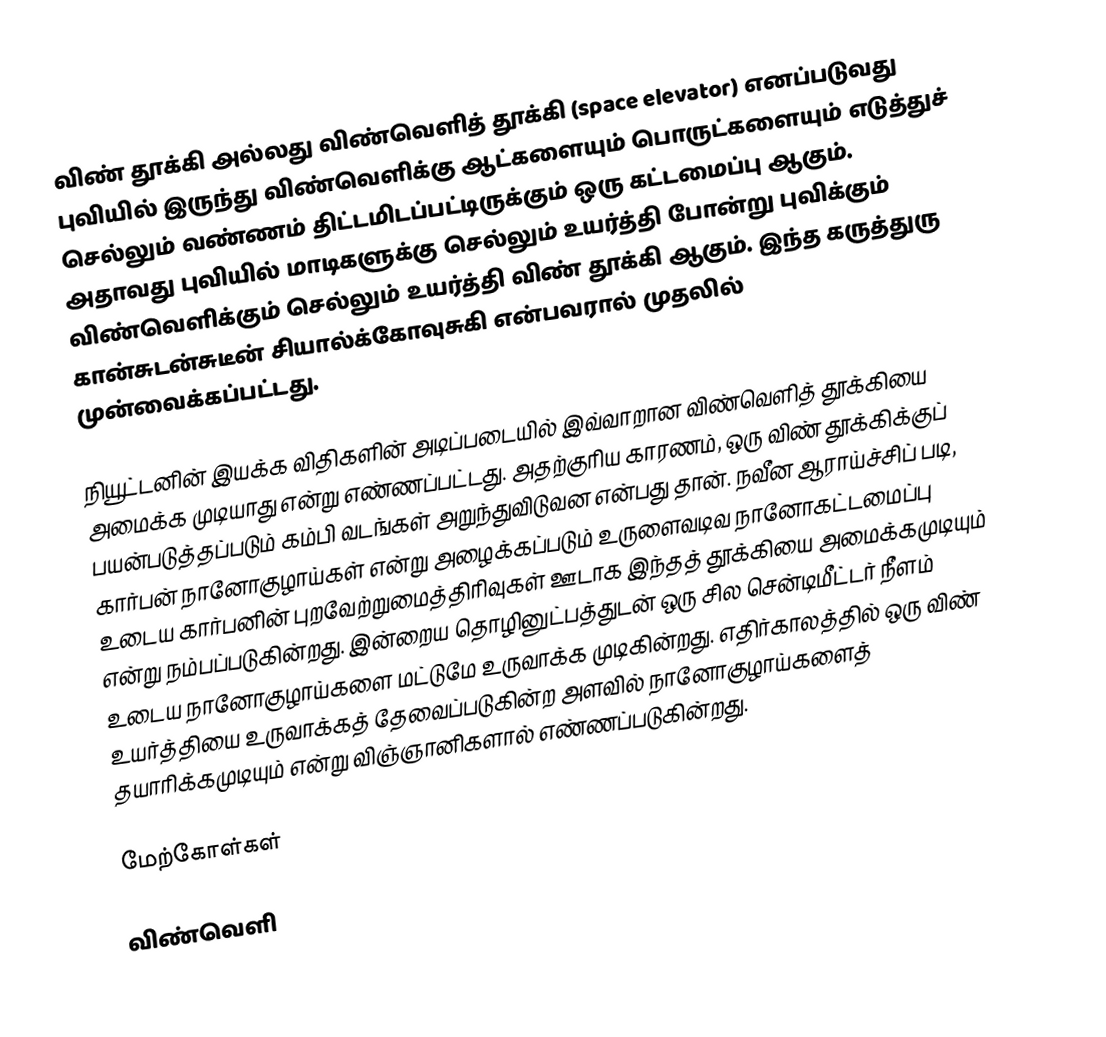
விண் தூக்கி அல்லது விண்வெளித் தூக்கி (space elevator) எனப்படுவது புவியில் இருந்து விண்வெளிக்கு ஆட்களையும் பொருட்களையும் எடுத்துச் செல்லும் வண்ணம் திட்டமிடப்பட்டிருக்கும் ஒரு கட்டமைப்பு ஆகும். அதாவது புவியில் மாடிகளுக்கு செல்லும் உயர்த்தி போன்று புவிக்கும் விண்வெளிக்கும் செல்லும் உயர்த்தி விண் தூக்கி ஆகும். இந்த கருத்துரு கான்சுடன்சுடீன் சியால்க்கோவுசுகி என்பவரால் முதலில் முன்வைக்கப்பட்டது.

நியூட்டனின் இயக்க விதிகளின் அடிப்படையில் இவ்வாறான விண்வெளித் தூக்கியை அமைக்க முடியாது என்று எண்ணப்பட்டது. அதற்குரிய காரணம், ஒரு விண் தூக்கிக்குப் பயன்படுத்தப்படும் கம்பி வடங்கள் அறுந்துவிடுவன என்பது தான். நவீன ஆராய்ச்சிப் படி, கார்பன் நானோகுழாய்கள் என்று அழைக்கப்படும் உருளைவடிவ நானோகட்டமைப்பு உடைய கார்பனின் புறவேற்றுமைத்திரிவுகள் ஊடாக இந்தத் தூக்கியை அமைக்கமுடியும் என்று நம்பப்படுகின்றது. இன்றைய தொழினுட்பத்துடன் ஒரு சில சென்டிமீட்டர் நீளம் உடைய நானோகுழாய்களை மட்டுமே உருவாக்க முடிகின்றது. எதிர்காலத்தில் ஒரு விண் உயர்த்தியை உருவாக்கத் தேவைப்படுகின்ற அளவில் நானோகுழாய்களைத் தயாரிக்கமுடியும் என்று விஞ்ஞானிகளால் எண்ணப்படுகின்றது.

மேற்கோள்கள்

விண்வெளி